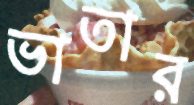
ভাতার